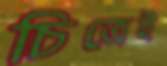
চিত্রেই